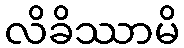
လိခိဿာမိ